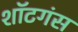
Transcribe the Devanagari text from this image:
शॉटगंस